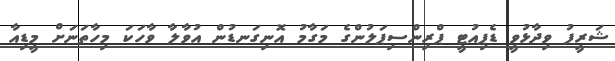
ޝަރީފު ވިދާޅުވީ ޑެޕިއުޓީ ޕްރިންސިޕަލުންގެ މަގާމު އޮނިގަނޑުން އުވާލާ ވާހަކަ މިހާތަނަށް މީޑިއާ